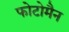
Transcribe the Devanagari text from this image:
फोटोमैन